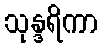
သုန္ဒရိကာ